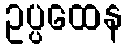
ဥပ္ပထေန